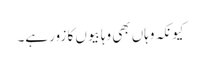
کیونکہ وہاں بھی وہابیوں کا زور ہے۔